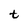
Character: t